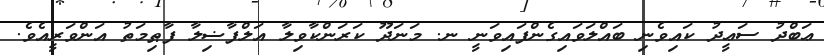
ޢަބްދު ސަޢީދު ކައިވެނި ބައްލަވައިގެންފައިވަނީ ނ. މަނަދޫ ކަރަންކާވިލާ އަލްފާޟިލާ ފާޠިމަތު އަންވަރީއެވެ.